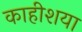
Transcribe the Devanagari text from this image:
काहीशया